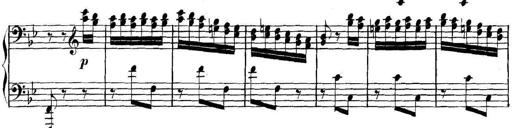
Title: Collected Piano Sonatas
Composer: Muzio Clementi